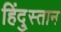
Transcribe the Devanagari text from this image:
हिंदु्स्तान